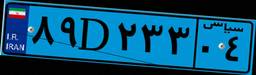
۸۹D۲۳۳۰۴